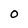
Character: O